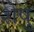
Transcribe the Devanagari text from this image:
शेषु